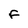
Character: F